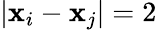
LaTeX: |\textbf{x}_{i}-\textbf{x}_{j}|=2